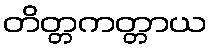
တိတ္တကတ္တာယ